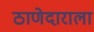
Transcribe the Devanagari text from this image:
ठाणेदाराला